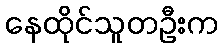
နေထိုင်သူတဦးက